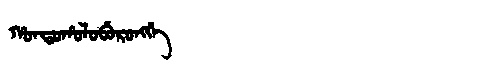
Manchu: ᡥᠣᠨᡨᠣᡥᠣᠯᠣᠪᡠᡵᠣᠩᡤᡝ
Romanization: HONTOHOLOBURONGGE